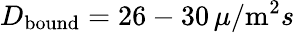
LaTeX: D_{\mathrm{bound}}=26-30\, \mu/\mathrm{m}^{2}s